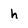
Character: h